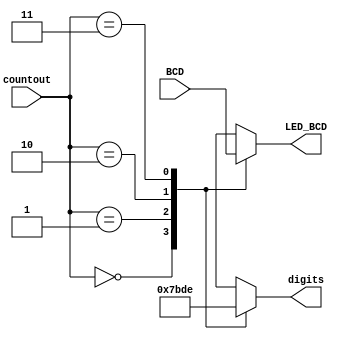
//Decoder.v
//adapted from http://www.fpga4student.com/2017/09/seven-segment-led-display-controller-basys3-fpga.html
//Decoder to set the placement of the 7 segment display

module Decoder(
    input [1:0]countout,
    input [15:0]BCD,
    output reg [3:0]digits,
    output reg [3:0]LED_BCD
);
 always @(*)

     begin
          case(countout)
               2'b00: begin
                    digits = 4'b0111;
                    LED_BCD = BCD[15:12];
               end
               2'b01: begin
                    digits = 4'b1011;
                    LED_BCD = BCD[11:8];
               end
               2'b10: begin
                    digits = 4'b1101;                 
                    LED_BCD = BCD[7:4];
               end
               2'b11: begin
                    digits = 4'b1110;
                    LED_BCD = BCD[3:0];
               end
          endcase
     end
endmodule